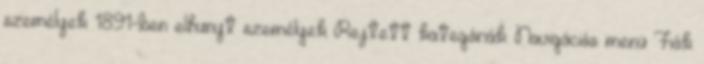
személyek 1891-ben elhunyt személyek Rejtett kategóriák: Navigációs menü Fiók